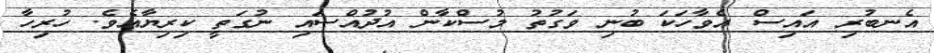
އެނބުރި އައިސް އެވާހަކަ ބުނި ވަގުތު މުސްކާން އުދުއްސައި ނުގަތީ ކިރިޔާއެވެ. ހުރިހާ